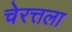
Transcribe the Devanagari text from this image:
चेरत्तला